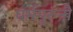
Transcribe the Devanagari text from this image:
धर्मगुरुंनी